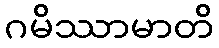
ဂမိဿာမာတိ